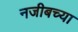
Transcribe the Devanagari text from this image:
नजीबच्या